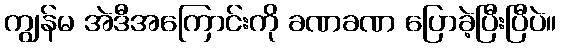
ကျွန်မ အဲဒီအကြောင်းကို ခဏခဏ ပြောခဲ့ပြီးပြီပဲ။